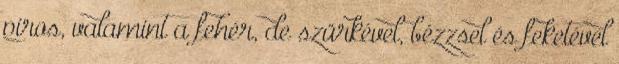
piros, valamint a fehér, de szürkével, bézzsel és feketével